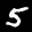
Label: 5